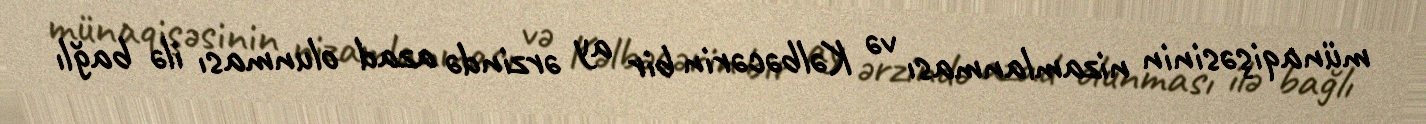
münaqişəsinin nizamlanması və Kəlbəcərin bir ay ərzində azad olunması ilə bağlı